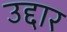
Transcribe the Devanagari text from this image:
उद्दार